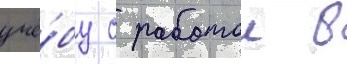
учё́бу с работои в